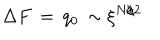
\Delta F \, = \, q _ { 0 } \, \sim \xi ^ { N / 2 }